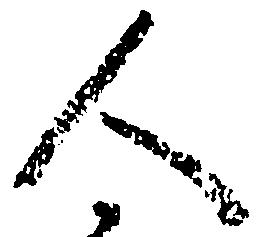
人